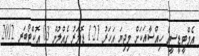
އެމްޓީޑީސީގެ ހިއްސާއަކަށް މިދިޔަ އަހަރު 1.21 ޑޮލަރު ގެއްލުން 03 އޮކްޓޯބަރ 2012